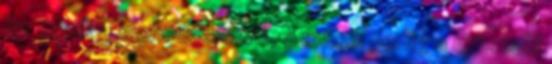
Az egyik a menedzsment, a másik pedig a műszaki